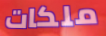
ملكات